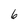
Character: 6